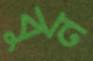
বুন